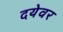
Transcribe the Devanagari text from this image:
दयेवर